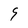
Character: 9